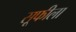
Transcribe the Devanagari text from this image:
सूफीला